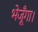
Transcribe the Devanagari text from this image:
भेजूँगा।